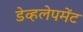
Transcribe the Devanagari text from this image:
डेव्हलेपमेंट